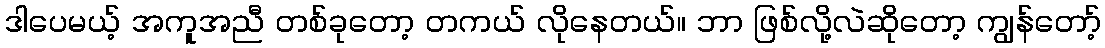
ဒါပေမယ့် အကူအညီ တစ်ခုတော့ တကယ် လိုနေတယ်။ ဘာ ဖြစ်လို့လဲဆိုတော့ ကျွန်တော့်